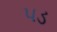
પડ